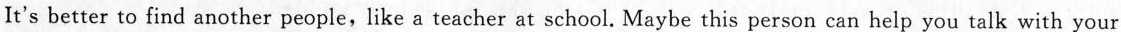
It's better to find another people,like a teacher at school. Maybe this person can help you talk with your